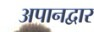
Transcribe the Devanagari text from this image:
अपानद्वार